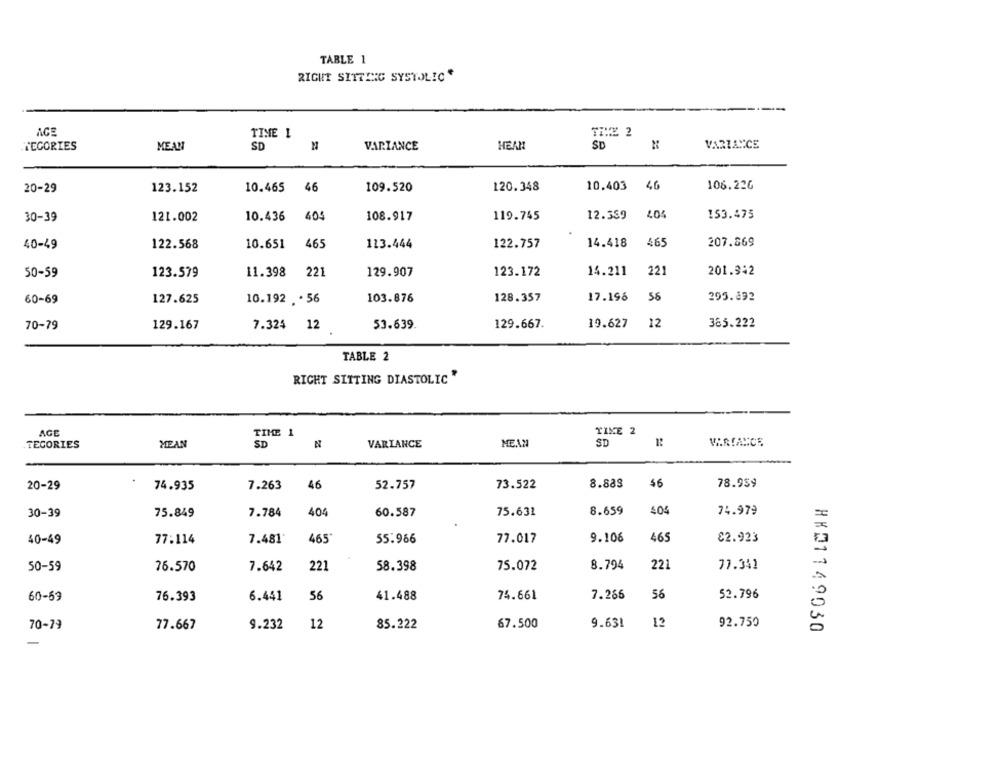
TABLE 1
RIGHT SITTING SYSTOLIC*
AGE
TIME 1
SD
VARIANCE
WEGORIES
MEAN
SD
VARIANCE
HEAR
20-29
123.152
10.465
46
109.520
120.348
10.403
46
106.226
153.475
30-39
121.002
10.436
404
108.917
119.745
12.359
14.418
465
207.669
40-49
122.568
10.651
465
113.444
122.757
50-59
123.579
11.398
221
129.907
123.172
14.211
22
201.342
56
295.892
60-69
127.625
10.192 . . 56
103.876
128.357
17.196
70-79
129.167
7.324 12
53.639
129.667.
19.627
12
385.222
TABLE 2
RIGHT SITTING DIASTOLIC"
AGE
TIME 1
TINE 2
SD
1:
VRAMANCE
TECORIES
MEAN
SD
VARIANCE
MEAN
20-29
74.935
7.263
46
52.757
73.522
8.888
$6
78.959
30-39
75.849
7.784
404
60.587
75.631
8.659
404
74.979
40-49
77:114
7.481
465
55.966
77.017
9.106
465
$2.923
50-59
76.570
7.642
221
58.398
75.072
8.794
221
77.341
56
60-59
76.393
6.441
56
41.488
74.661
7.266
52.796
67.500
9.631
12
92.750
70-79
77.667
9.232
12
85.222
HKD1149030